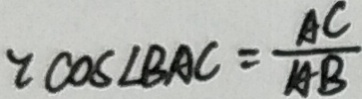
\because \cos \angle B A C = \frac { A C } { A B }